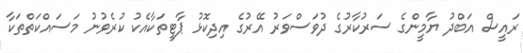
ރައީސް އަބްދު ޔާމީންގެ ސަރުކާރުގެ ދުވަސްވަރު އޭރުގެ އިދިކޮޅު ޕާޓީތަކާއެކު ކުރެވުނު މަސައްކަތްތަކާ